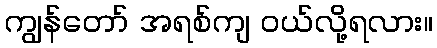
ကျွန်တော် အရစ်ကျ ဝယ်လို့ရလား။